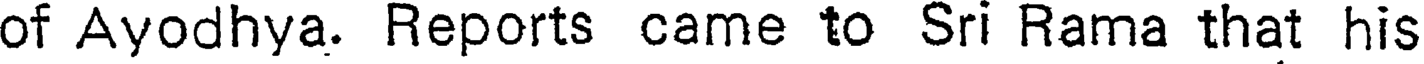
of Ayodhya. Reports came to Sri Rama that his